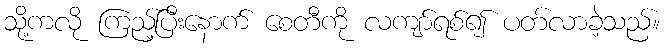
သို့ကလို ကြည့်ပြီးနောက် စေတီကို လကျာ်ရစ်၍ ပတ်လာခဲ့သည်။